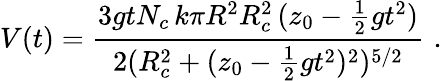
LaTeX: V(t)=\frac{3gtN_{c}\, k\pi R^{2}R_{c}^{2}\, (z_{0}-\frac{1}{2}gt^{2})}{2(R_{c}^{2}+(z_{0}-\frac{1}{2}gt^{2})^{2})^{5/2}}\, \, .